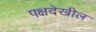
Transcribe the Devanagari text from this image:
पक्षदेखील